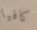
كافيا